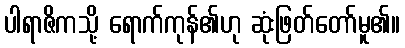
ပါရာဇိကသို့ ရောက်ကုန်၏ဟု ဆုံးဖြတ်တော်မူ၏။